Annual report on the working of the lock hospitals in the Central Provinces
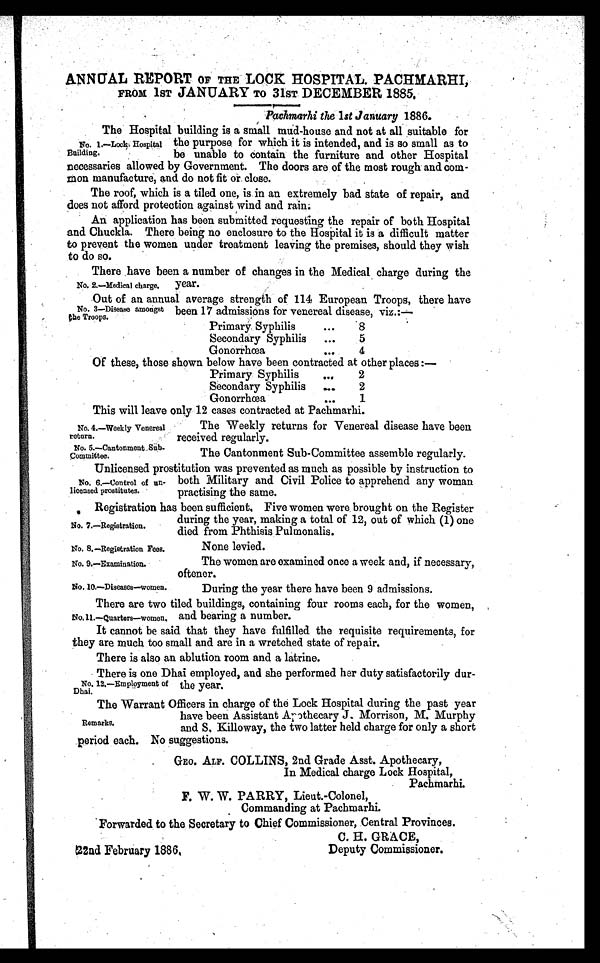
22nd February 1886.
C. H. GRACE,
Deputy Commissioner.
ANNUAL REPORT OF THE LOCK HOSPITAL. PACHMARHI,
FROM 1ST JANUARY TO 31ST DECEMBER 1885.
Pachmarhi the 1st January 1886.
The Hospital building is a small mud-house and not at all suitable for
the purpose for which it is intended, and is so small as to
be unable to contain the furniture and other Hospital
necessaries allowed by Government. The doors are of the most rough and com
mon manufacture, and do not fit or close.
The roof, which is a tiled one, is in an extremely bad state of repair, and
does not afford protection against wind and rain.
An application has been submitted requesting the repair of both Hospital
and Chuckla. There being no enclosure to the Hospital it is a difficult matter
to prevent the women under treatment leaving the premises, should they wish
to do so.
There have been a number of changes in the Medical charge during the
year.
No. 2.—Medical charge.
Out of an annual average strength of 114 European Troops, there have
been 17 admissions for venereal disease, viz.:—
Primary Syphilis
...
. . . 8
Secondary Syphilis
...
5
Gonorrhœa
. . .
4
Of these, those shown below have been contracted at other places :—
Primary Syphilis
...
2
Secondary Syphilis ...
2
Gonorrhœa
...
1
This will leave only 12 cases contracted at Pachmarhi.
No. 1.—Lock Hospital
Building,
No. 3—Disease amongst
the Troops.
No. 4.—Weekly Venereal
return.
No. 5.—Cantonment Sub
-committee.
The Weekly returns for Venereal disease have been
received regularly.
The Cantonment Sub-Committee assemble regularly.
Unlicensed prostitution was prevented as much as possible by instruction to
both Military and Civil Police to apprehend any woman
practising the same.
Registration has been sufficient. Five women were brought on the Register
during the year, making a total of 12, out of which (1) one
died from Phthisis Pulmonalis.
No. 6.—Control of un
licensed prostitutes. •
No. 7.—Registration.
No. 8.—Registration Fees.
No. 9.—Examination.
No. 10.—Diseases—women.
None levied.
The women are examined once a week and, if necessary,
oftener.
During the year there have been 9 admissinns.
There are two tiled buildings, containing four rooms each, for the women,
and bearing a number.
It cannot be said that they have fulfilled the requisite requirements, for
they are much too small and are in a wretched state of repair.
There is also an ablution room and a latrine.
There is one Dhai employed, and she performed her duty satisfactorily dur
the year.
The Warrant Officers in charge of the Lock Hospital during the past year
have been Assistant Apothecary J. Morrison, M. Murphy
and S, Killoway, the two latter held charge for only a short
period each. No suggestions.
GEO. ALF. COLLINS, 2nd Grade Asst. Apothecary,
In Medical charge Lock Hospital,
Pachmarhi.
F. W. W. PARRY, Lieut.-Colonel,
Commanding at Pachmarhi.
Forwarded to the Secretary to Chief Commissioner, Central Provinces.
No. ll.—Quarters—women.
No. 12.—Employment of
Dhai.
Remarks.